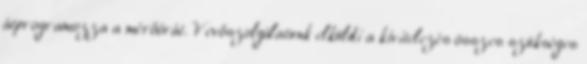
átprogramozza a mérőórát. Vevőszolgálatunk elküldi a kivitelezés összes szükséges